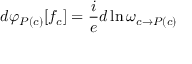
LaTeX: d \varphi _ { P ( c ) } [ f _ { c } ] = \frac { i } { e } d \ln \omega _ { c \rightarrow P ( c ) }